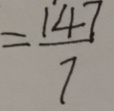
= \frac { 1 4 7 } { 7 }